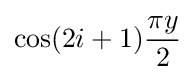
\cos(2i+1){\frac {\pi y}{2}}